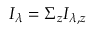
I _ { \lambda } = \Sigma _ { z } I _ { \lambda , z }